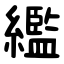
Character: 繿